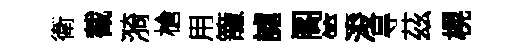
衛截漪槍用籠謔阁竺浚㝵茲榥